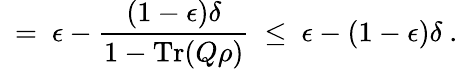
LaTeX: ~=~\epsilon-{\frac{(1-\epsilon)\delta}{1-\operatorname{Tr}(Q\rho)}}~\leq~\epsilon-(1-\epsilon)\delta~.